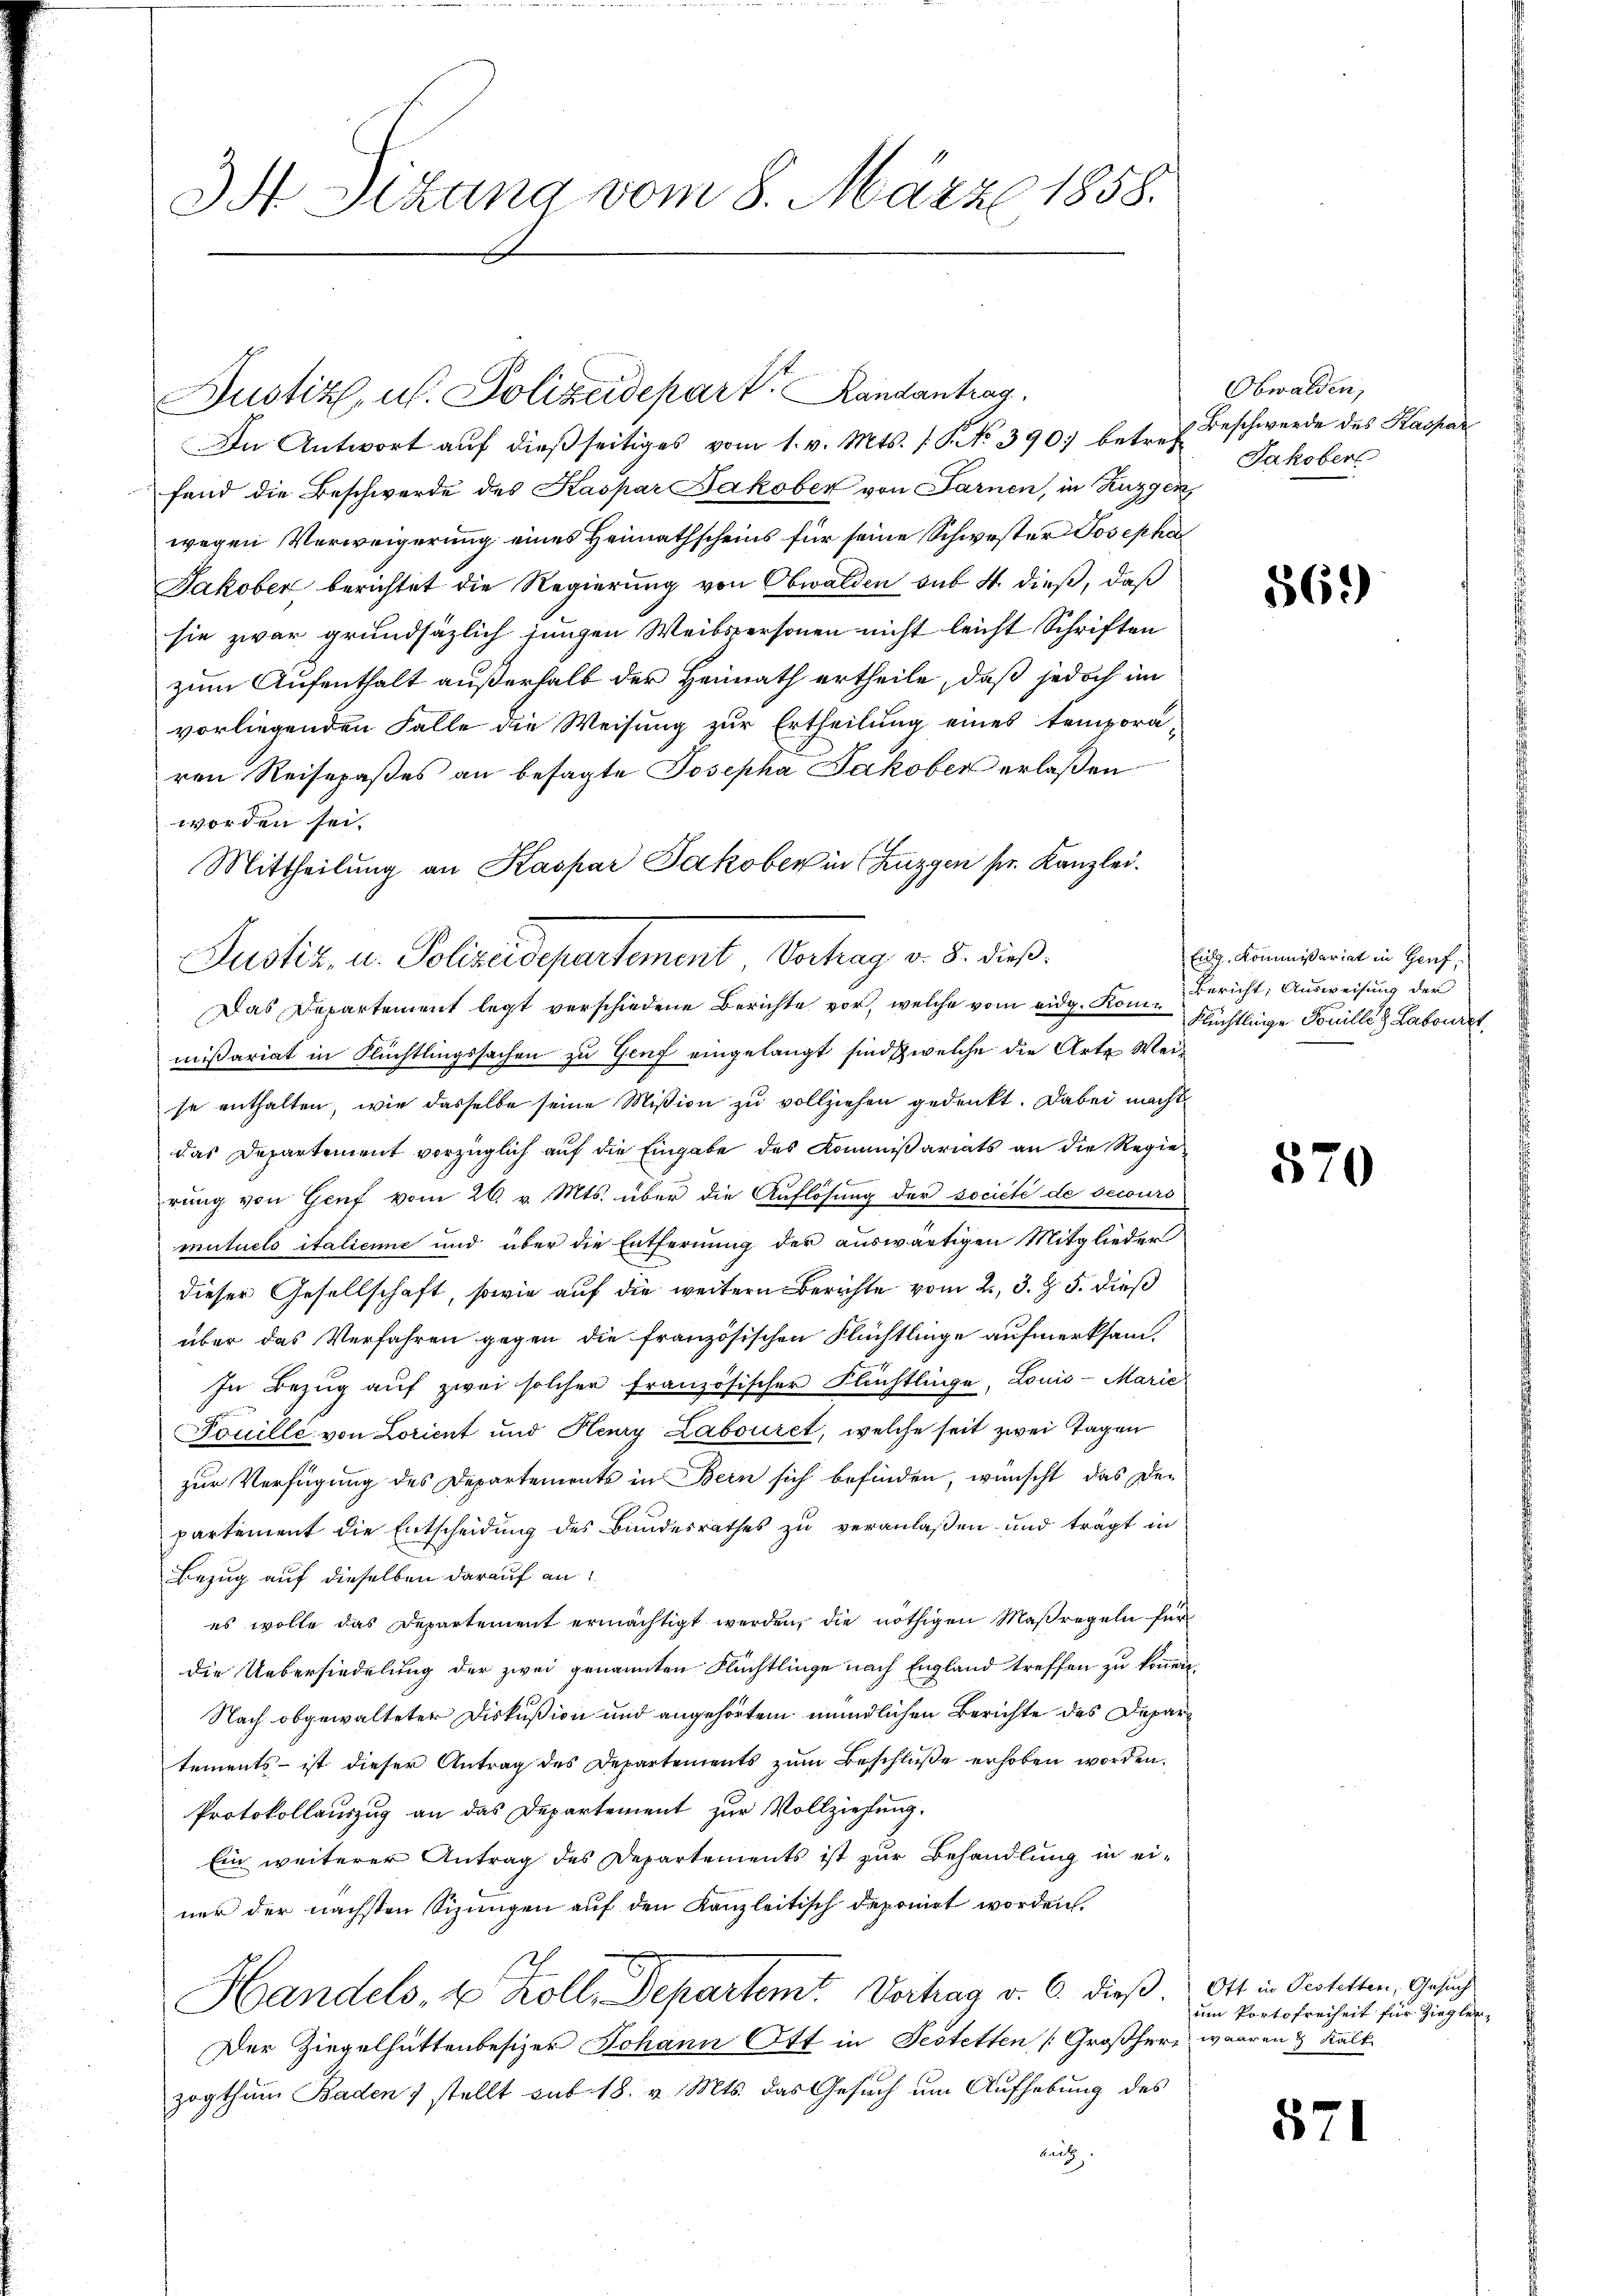
34 Sitzung vom 8. März 1858.

fand die Beschwerde des Kaspar Jakober von Farnen, in Ruzgen,
wegen Verweigerung eines Heimathscheins für seine Schwester Josepha
Jakober berichtet die Regierung von Obwalden sub 4. dieß, daß
sie zwar grundsäzlich jungen Weibspersonen nicht leicht Schriften
zum Aufenthalt außerhalb der Heimath ertheile, daß jedoch im
vorliegenden Falle die Weisung zur Ertheilung eines temporä-
ren Reisepaßes an besagte Josepha Jakober erlaßen
worden sei.
Mittheilung an Kaspar Jakober in Zuzgen pr. Kanzlei.
Justiz- u. Polizeidepartement Verhag. v. 8. dieß
Das Departement legt verschiedene Berichte vor, welche vom eidg. Konmißariat in Flüchtlingssachen zu Genf eingelangt sind, welche die Arte Weise enthalten, wie dasselbe seine Mißion zu vollziehen gedenkt. Dabei macht
das Departement vorzüglich auf die Eingabe des Kommißariats an die Regierŭng von Genf vom 26. v. Mts. über die Auflösung der société de securs
mutuels italienne und über die Entfernung der auswärtigen Mitglieder
dieser Gesellschaft, sowie auf die weitern Berichte vom 2. 3. §. 5. dieß
über das Verfahren gegen die französischen Flüchtlinge aufmerksam¬
In Bezug auf zwei solcher französischer Flüchtlinge, Louis-Marie
Touille von Lorient und Henry Labouret, welche seit zwei Tagen
zur Verfügung des Departements in Bein sich befinden, wünscht das der
partement die Entscheidung des Bundesrathes zu veranlaßen und trägt in
Bezug auf dieselben darauf an:
es wolle das Departement ermächtigt werden, die nöthigen Maßregeln für
die Uebersiedelung der zwei genannten Flüchtlinge nach England treffen zu können,
Nach obgewalteter Diskußion und angehörtem mündlichen Berichte des Departements - ist dieser Antrag des Departements zum Beschluße erhoben worden.
Protokollauszug an das Departement zur Vollziehung.
Ein weiterer Antrag des Departements ist zur Behandlung in einer der nächsten Sizungen auf den Kanzleitisch deponirt worden.
Handels, u Koll, Departemt Vortrag v. 6. dieß. Ott in Gestatten, Gesuch
Der Ziegelhüttenbesizer Johann Ott in Festetten (Großherr waaren & Kalk
zogthum Baden 1 stellt sub 18. v. Mts. das Gesuch um Aufhebung des
Leit

Justiz, u. Polizeidepart. Landantrag.
In Antwort auf dießseitiges vom 1. v. Mts. s. S. No 390. betref Beschwerde des Kaspar

Obwalden,
Jakober

569)

Eidg. Kommissariat in Genf,
Bericht, Ausweisung der
Flüchtlinge Fouille Labouret.

570

um Portofreiheit für Ziegler-

571